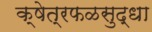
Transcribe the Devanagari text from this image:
क्षेत्रफळसुद्धा